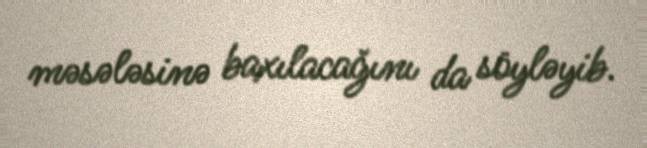
məsələsinə baxılacağını da söyləyib.